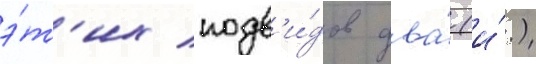
э́т'их подв'и́дов два́ (и́.)